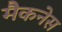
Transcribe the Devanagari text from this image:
मैकनेस